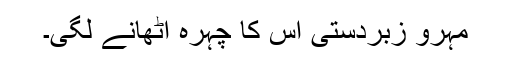
مہرو زبردستی اس کا چہرہ اٹھانے لگی۔